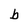
Character: b